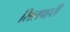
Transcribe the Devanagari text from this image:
सिलपहरी